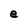
Character: e